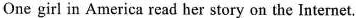
One girl in America read her story on the Internet.